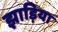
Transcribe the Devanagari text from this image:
झाड़िया